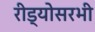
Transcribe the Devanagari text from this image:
रीड्योसरभी